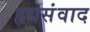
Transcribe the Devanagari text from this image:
हृद्यसंवाद